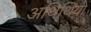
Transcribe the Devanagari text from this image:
अथिथियों